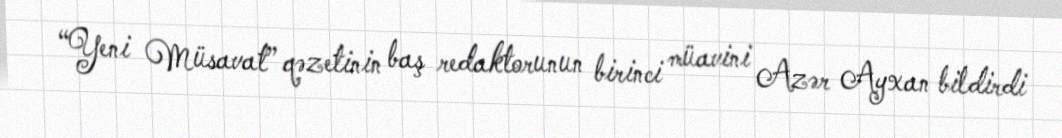
“Yeni Müsavat” qəzetinin baş redaktorunun birinci müavini Azər Ayxan bildirdi